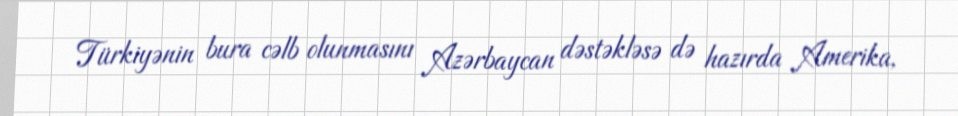
Türkiyənin bura cəlb olunmasını Azərbaycan dəstəkləsə də hazırda Amerika,